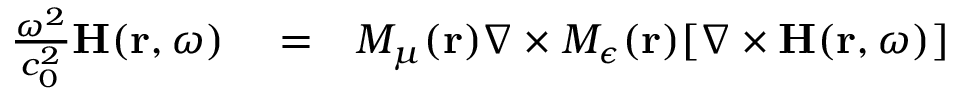
\begin{array} { r l r } { \frac { \omega ^ { 2 } } { c _ { 0 } ^ { 2 } } { \bf H } ( { \bf r } , \omega ) } & { { } = } & { M _ { \mu } ( { \bf r } ) \nabla \times M _ { \epsilon } ( { \bf r } ) [ \nabla \times { \bf H } ( { \bf r } , \omega ) ] } \end{array}